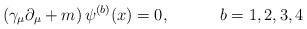
LaTeX: \begin{align*}\left( \gamma _\mu \partial _\mu +m\right) \psi^{(b)}(x)=0,\hspace{0.5in} b=1,2,3,4 \end{align*}